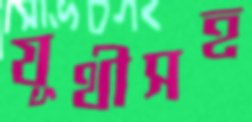
যূথীসহ